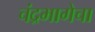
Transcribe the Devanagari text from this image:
चंद्रभागेचा